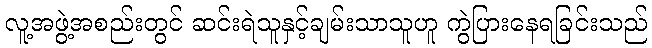
လူ့အဖွဲ့အစည်းတွင် ဆင်းရဲသူနှင့်ချမ်းသာသူဟူ ကွဲပြားနေရခြင်းသည်